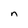
Character: n